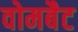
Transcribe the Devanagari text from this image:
वोमबैट